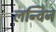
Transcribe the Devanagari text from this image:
लन्विन